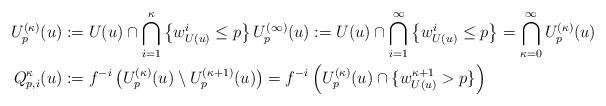
LaTeX: \begin{align*}U_p^{(\kappa)}(u)&:=U(u)\cap\bigcap_{i=1}^\kappa\left\{w_{U(u)}^i\leq p\right\} U_p^{(\infty)}(u):=U(u)\cap\bigcap_{i=1}^\infty\left\{w_{U(u)}^i\leq p\right\}=\bigcap_{\kappa=0}^\infty U_p^{(\kappa)}(u)\\Q_{p,i}^\kappa(u)&:=f^{-i}\left(U_p^{(\kappa)}(u)\setminus U_p^{(\kappa+1)}(u)\right)=f^{-i}\left(U_p^{(\kappa)}(u)\cap\{w_{U(u)}^{\kappa+1}>p\}\right)\end{align*}